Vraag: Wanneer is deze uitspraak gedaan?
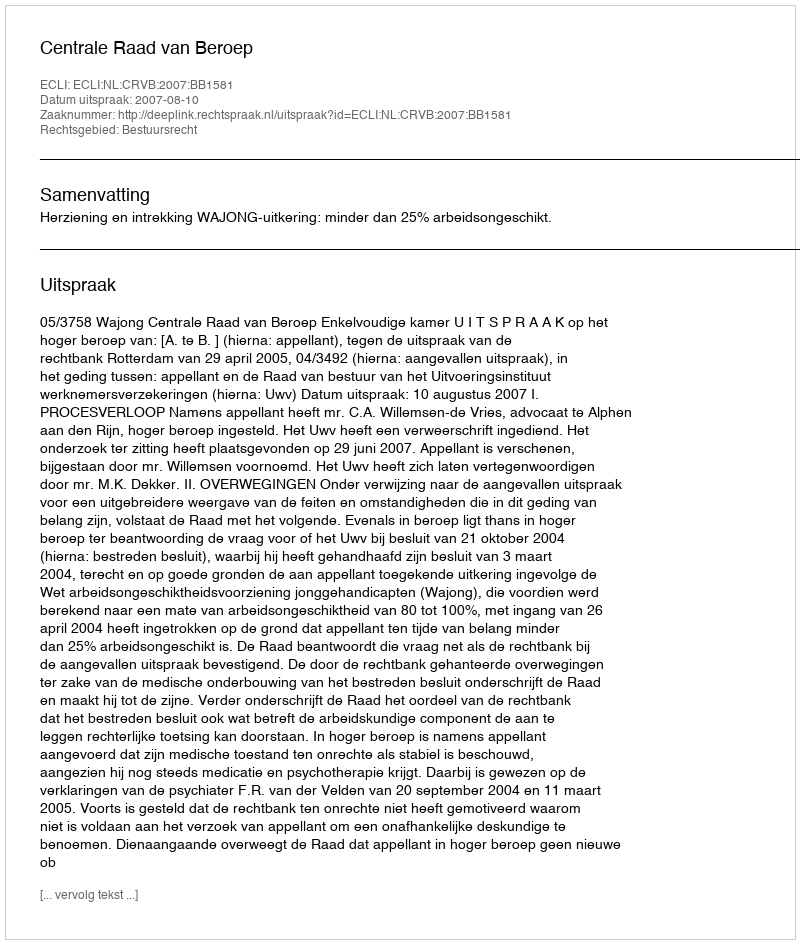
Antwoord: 2007-08-10